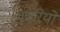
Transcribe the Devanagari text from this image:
गदरियों